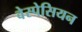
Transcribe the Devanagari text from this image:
वेस्पेसियन